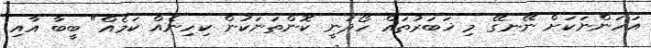
އަހަންނަކަށް ނޭނގޭ މި ޚަބަރުތައް ހޯދަނީ ކޮންތަނަކުން ކިހިނެއް ކަމެއް" ބީބާ އާއި